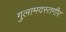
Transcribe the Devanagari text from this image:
गुलामदस्तगीर